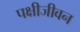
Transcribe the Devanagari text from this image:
पक्षीजीवन